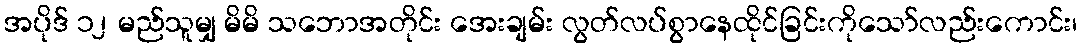
အပိုဒ် ၁၂ မည်သူမျှ မိမိ သဘောအတိုင်း အေးချမ်း လွတ်လပ်စွာနေထိုင်ခြင်းကိုသော်လည်းကောင်း၊